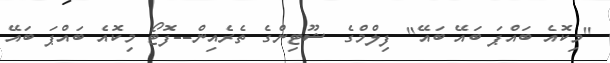
"މިކޮއެ ބައްޕަ ބައޭ ބައޭ" ފިލްމްގެ ޝޫޓިންގެ ތެރެއިން--ފޮޓޯ މިކޮއެ ބައްޕަ ބައޭ